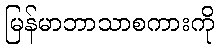
မြန်မာဘာသာစကားကို